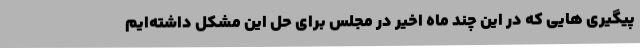
پیگیری هایی که در این چند ماه اخیر در مجلس برای حل این مشکل داشته‌ایم